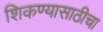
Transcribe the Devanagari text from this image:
शिकण्यासाठीचा